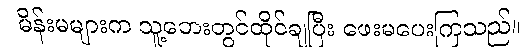
မိန်းမများက သူ့ဘေးတွင်ထိုင်ချပြီး ဖေးမပေးကြသည်။